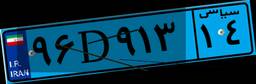
۹۶D۹۱۳۱۴